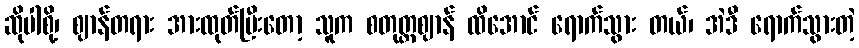
ဆိုပါစို့၊ ဈာန်တရား အားထုတ်ပြီးတော့ သူက စတုတ္ထဈာန် ထိအောင် ရောက်သွား တယ်၊ အဲဒီ ရောက်သွားတဲ့